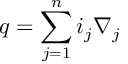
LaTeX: q = \sum _ { j = 1 } ^ { n } { i _ { j } \nabla _ { j } }